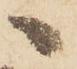
へ